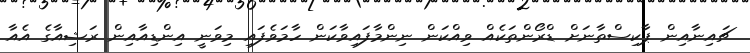
ޗައިނާއިން ޕާކިސްތާނަށް ޑްރޯންތަކެއް ވިއްކަން ނިންމާފައިވާކަން ހާމަވެފައި މިވަނީ އިންޑިއާއިން ރަޝިއާގެ އެއާ